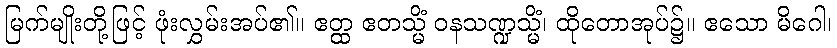
မြက်မျိုးတို့ဖြင့် ဖုံးလွှမ်းအပ်၏။ ဧတ္ထ ဧတသ္မိံ ဝနသဏ္ဍသ္မိံ၊ ထိုတောအုပ်၌။ ဧသော မိဂေါ၊